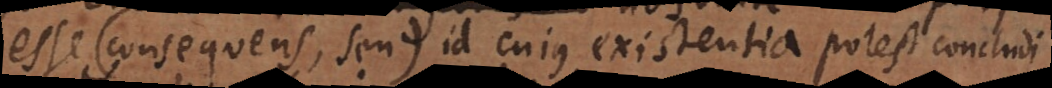
esse (consequens, seu) id cujus existentia potest concludi